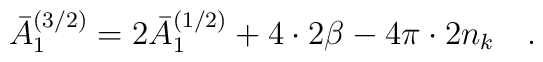
\bar{A}_1^{(3/2)}=2\bar{A}_1^{(1/2)}+4 \cdot2\beta-4\pi\cdot 2n_k~~~.